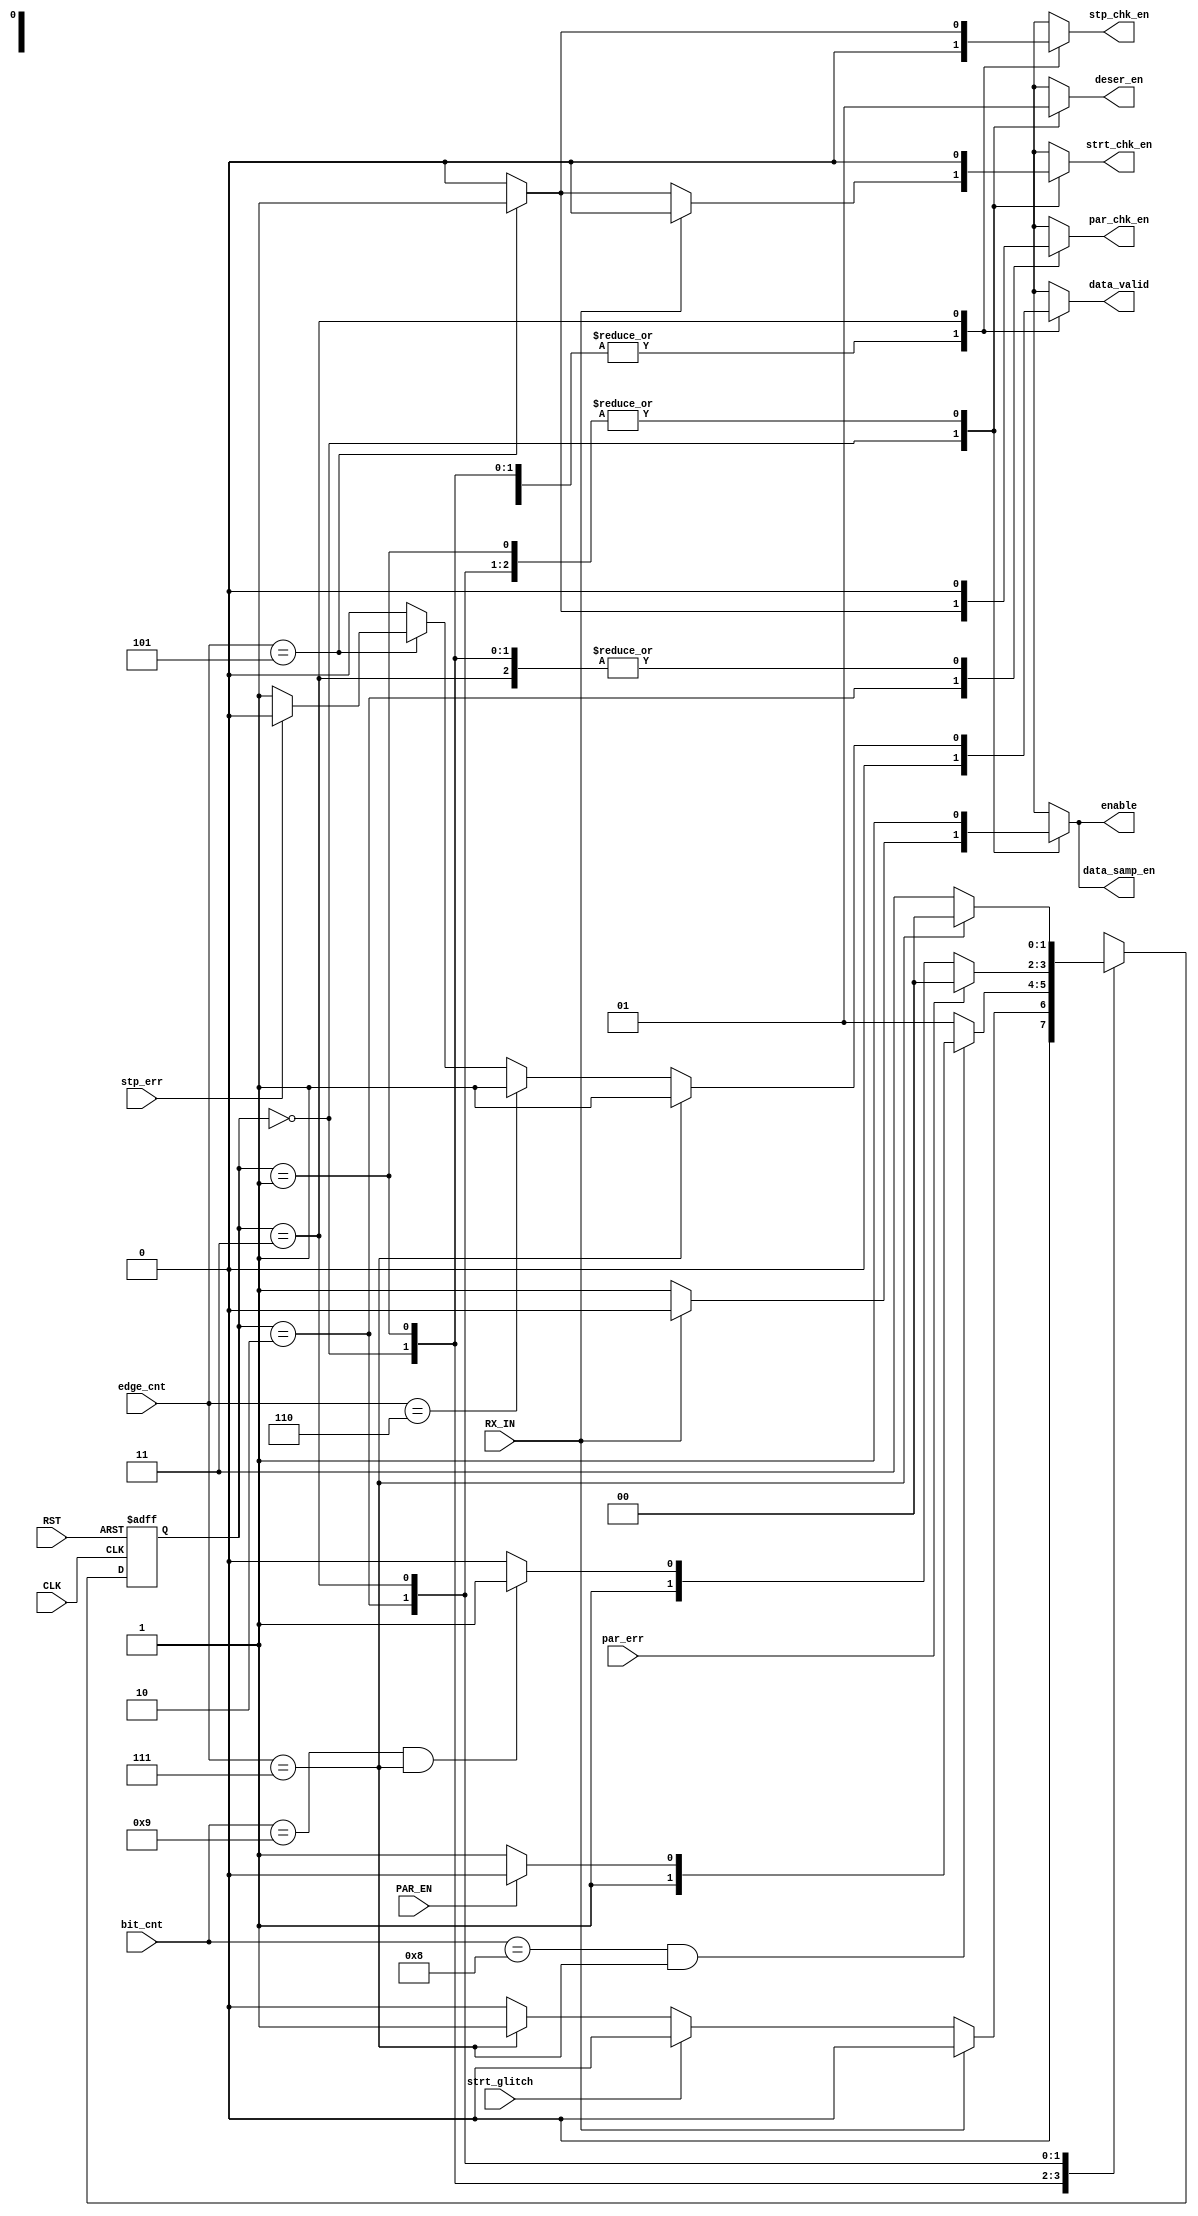
module FSM_RX(
  input                CLK,
  input                RST,
  input                RX_IN,
  input        [4:0]   bit_cnt,edge_cnt,
  input                PAR_EN,par_err,
  input                strt_glitch,
  input                stp_err,
  output  reg          enable,
  output  reg          data_samp_en,
  output  reg          par_chk_en,
  output  reg          strt_chk_en,
  output  reg          stp_chk_en,
  output  reg          deser_en,
  output  reg          data_valid 
  );

  reg [1:0] current_state,next_state;
  
  parameter IDLE = 2'b00,
            receive_data=2'b01,
            parity = 2'b10,
            stop = 2'b11;
            
  always @(posedge CLK or negedge RST)
  begin
    if(!RST)
      current_state<=IDLE;
    else
      current_state<=next_state;
    end
    
    always @(*)
    begin
      enable = 0;
      data_samp_en=0;
      par_chk_en=0;
      strt_chk_en=0;
      stp_chk_en=0;
      deser_en=0;
      data_valid=0;
      
      case(current_state)  
        
        IDLE: 
        begin
          if(!RX_IN)
            begin
              enable=1;
              data_samp_en=1;
              if (edge_cnt ==5)
               strt_chk_en=1;
               
              if(strt_glitch)
                 next_state = IDLE;
              else if(edge_cnt == 7)
               next_state = receive_data;
             else
               next_state = IDLE;
            end
            
          else 
          begin
          next_state = IDLE;
          enable = 0;
          data_samp_en=0;
          par_chk_en=0;
          strt_chk_en=0;
          stp_chk_en=0;
          deser_en=0;
          data_valid=0;
          end
        end
        
        receive_data: 
        begin
          enable=1;
          data_samp_en=1;
          deser_en=1;
          if (bit_cnt == 8 && edge_cnt == 7)
            begin
              if (PAR_EN)
              next_state = parity;
              else
              next_state = stop;
            end
         else
            next_state = receive_data;
        end
        
        parity: 
        begin
          enable=1;
          data_samp_en=1;
          deser_en=1;
          if(edge_cnt == 5)
            par_chk_en = 1;
          if(par_err)
            next_state = IDLE;
          else if(bit_cnt == 9 && edge_cnt ==7)
           next_state = stop;
          else 
           next_state = parity;
        end
        
        stop: 
        begin
          enable=1;
          data_samp_en=1;
          deser_en=1;
           
          if(edge_cnt ==5)
            begin
            stp_chk_en = 1;
            if (stp_err)
             begin
              next_state = IDLE;
              data_valid=0;
             end
            else
              data_valid=1;
          end
          
          if(edge_cnt == 7 )
            begin
             next_state = IDLE;
             data_valid=1;
            end
          else if(edge_cnt == 6 )
            begin
             next_state = stop;
             data_valid=1;
            end
          else
           next_state = stop;
           
          end
        
      endcase
    end 
endmodule